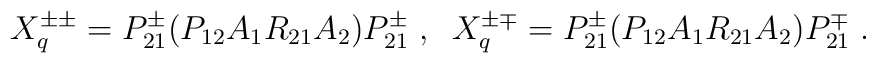
X^{\pm \pm}_{q}  =P^{\pm }_{21} ( P_{12}A_{1}R_{21}A_{2} ) P^{\pm }_{21} \; ,\;\; X^{\pm \mp}_{q}  =P^{\pm }_{21} (P_{12}A_{1}R_{21}A_{2} ) P^{\mp }_{21} \; .